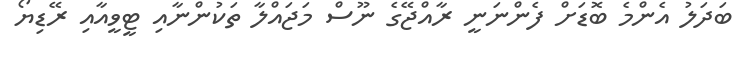
ބަދަލު އެންމެ ބޮޑަށް ފެންނަނީ ރާއްޖޭގެ ނޫސް މަޖައްލާ ތަކުންނާއި ޓީވީއާއި ރޭޑިޔޯ